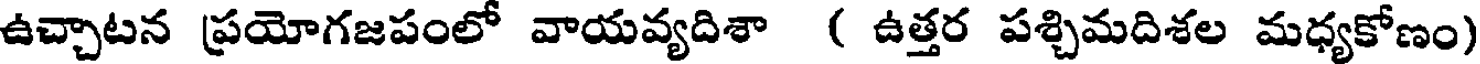
ఉచ్చాటన ప్రయోగజపంలో వాయవ్యదిశా ( ఉత్తర పశ్చిమదిశల మధ్యకోణం)